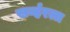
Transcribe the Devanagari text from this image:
सर्व्हरला